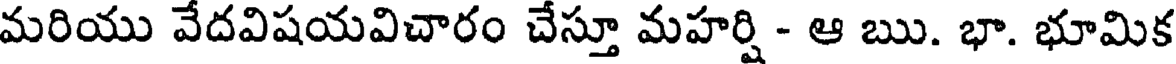
మరియు వేదవిషయవిచారం చేస్తూ మహర్షి - ఆ ఋ. భా. భూమిక